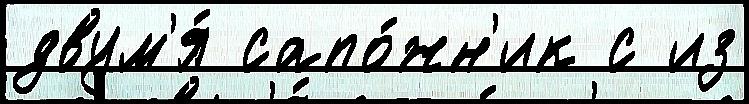
двум'я́ сапо́жн'ик с из